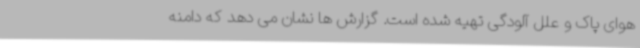
هوای پاک و علل آلودگی تهیه شده است. گزارش ها نشان می دهد که دامنه